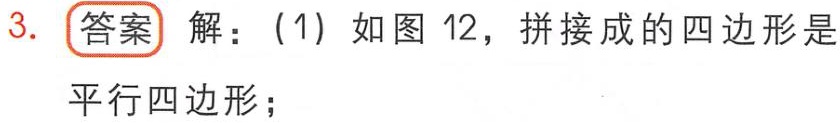
3. **答案** 解：(1) 如图 12，拼接成的四边形是平行四边形；